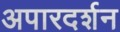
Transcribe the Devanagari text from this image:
अपारदर्शन